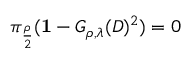
\pi _ { \frac { \rho } { 2 } } ( { \bf 1 } - G _ { \rho , \lambda } ( D ) ^ { 2 } ) = 0